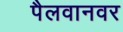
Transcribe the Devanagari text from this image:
पैलवानवर